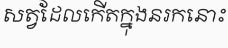
សត្វដែលកើតក្នុងនរកនោះ